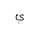
Letter: _ya